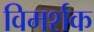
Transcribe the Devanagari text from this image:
विमर्शक